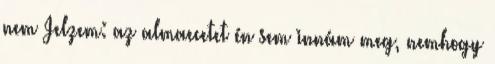
nem Jelzem: az almaecetet én sem innám meg, nemhogy